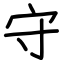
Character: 守